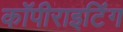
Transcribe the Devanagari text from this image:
कॉपीराइटिंग